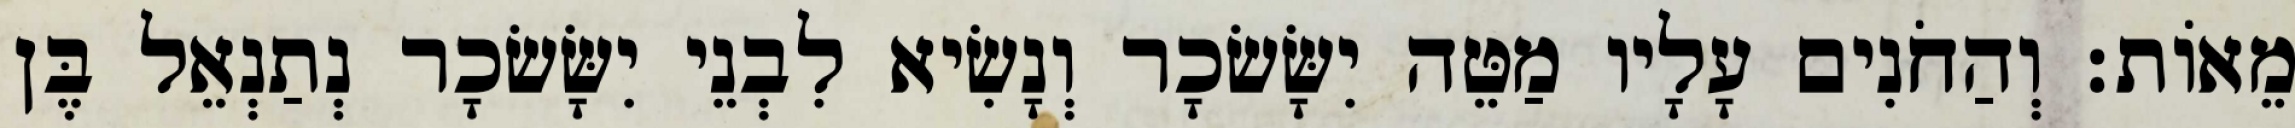
מֵאוֹת׃ וְהַחֹנִים עָלָיו מַטֵּה יִשָּׂשׂכָר וְנָשִׂיא לִבְנֵי יִשָּׂשׂכָר נְתַנְאֵל בֶּן